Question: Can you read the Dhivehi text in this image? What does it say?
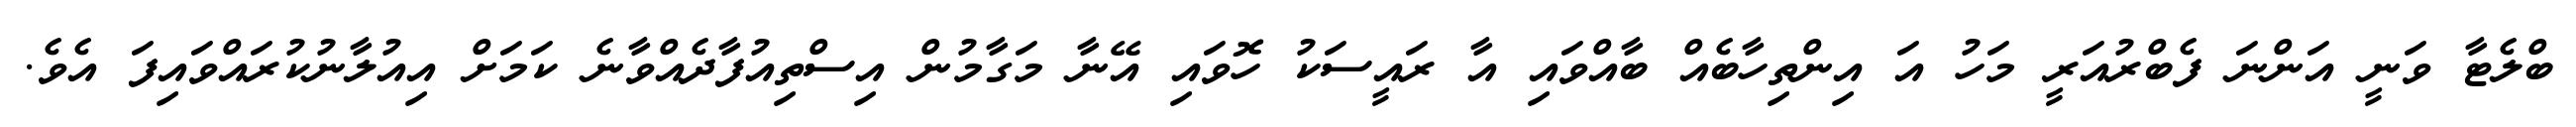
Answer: ބްލެޓާ ވަނީ އަންނަ ފެބްރުއަރީ މަހު އަ އިންތިހާބެއް ބާއްވައި އާ ރައީސަކު ހޮވައި އޭނާ މަގާމުން އިސްތިއުފާދެއްވާނެ ކަމަށް އިއުލާނުކުރައްވައިފަ އެވެ.